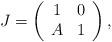
LaTeX: \begin{align*}J=\left( \begin{array}{cc} 1 & 0\\ A & 1 \end{array} \right),\end{align*}